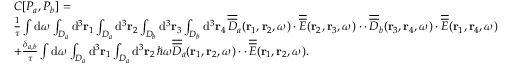
\begin{array} { r l } & { C [ P _ { a } , P _ { b } ] = } \\ & { \frac { 1 } { \tau } \int \mathrm { d } \omega \int _ { { \cal D } _ { a } } \mathrm { d } ^ { 3 } { \bf r } _ { 1 } \int _ { { \cal D } _ { a } } \mathrm { d } ^ { 3 } { \bf r } _ { 2 } \int _ { { \cal D } _ { b } } \mathrm { d } ^ { 3 } { \bf r } _ { 3 } \int _ { { \cal D } _ { b } } \mathrm { d } ^ { 3 } { \bf r } _ { 4 } \, \overline { { \overline { { D } } } } _ { a } ( { \bf r } _ { 1 } , { \bf r } _ { 2 } , \omega ) \cdot \overline { { \overline { { E } } } } ( { \bf r } _ { 2 } , { \bf r } _ { 3 } , \omega ) \cdot \cdot \, \overline { { \overline { { D } } } } _ { b } ( { \bf r } _ { 3 } , { \bf r } _ { 4 } , \omega ) \cdot \overline { { \overline { { E } } } } ( { \bf r } _ { 1 } , { \bf r } _ { 4 } , \omega ) } \\ & { + \frac { \delta _ { a , b } } { \tau } \int \mathrm { d } \omega \int _ { { \cal D } _ { a } } \mathrm { d } ^ { 3 } { \bf r } _ { 1 } \int _ { { \cal D } _ { a } } \mathrm { d } ^ { 3 } { \bf r } _ { 2 } \, \hbar \omega \overline { { \overline { { D } } } } _ { a } ( { \bf r } _ { 1 } , { \bf r } _ { 2 } , \omega ) \cdot \cdot \, \overline { { \overline { { E } } } } ( { \bf r } _ { 1 } , { \bf r } _ { 2 } , \omega ) . } \end{array}